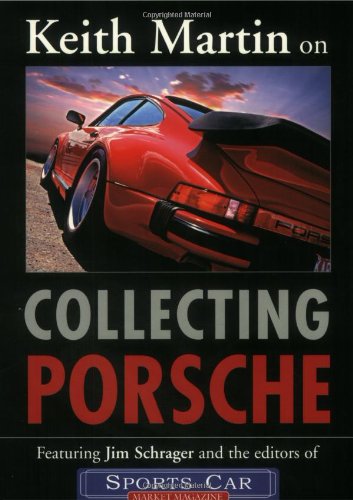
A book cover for Keith Martin on Collecting Porsche; Keith Martin; Engineering & Transportation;